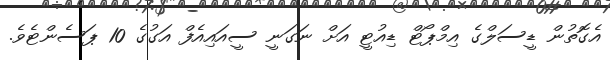
އެގޮތުން ޑީސަލްގެ އިމްޕޯޓް ޑިއުޓީ އަށް ނަގަނީ ސީއައިއެފް އަގުގެ 10 ޕަސެންޓެވެ.